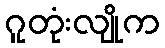
ဂူတုံးလျိုက